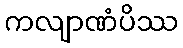
ကလျာဏံပိဿ